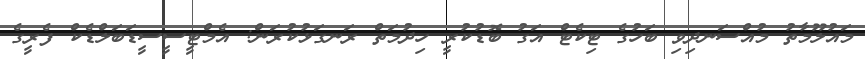
މައުލޫމާތު މުއްސަނދިވި ބަހުގެ ޓިކެޓް އަގު ބޮޑުކުރީ ހިދުމަތް ރަނގަޅުކުރަން: އެމްޓީސީސީޑަބަލްޑެކް ފެރީގެ